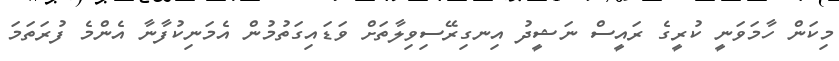
މިކަން ހާމަވަނީ ކުރީގެ ރައީސް ނަޝީދު އިނގިރޭސިވިލާތަށް ވަޑައިގަތުމުން އެމަނިކުފާނާ އެންމެ ފުރަތަމަ